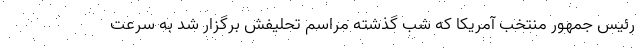
رئیس جمهور منتخب آمریکا که شب گذشته مراسم تحلیفش برگزار شد به سرعت